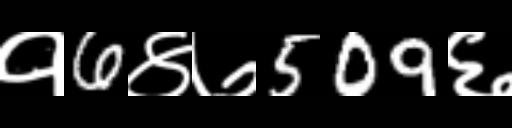
Text: १6४७509६